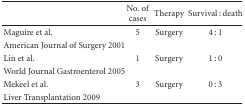
<table><thead><tr><td></td><td><b>No. of cases</b></td><td><b>Therapy</b></td><td><b>Survival : death</b></td></tr></thead><tbody><tr><td>Maguire et al.</td><td>5</td><td>Surgery</td><td>4 : 1</td></tr><tr><td>American Journal of Surgery 2001</td><td></td><td></td><td></td></tr><tr><td>Lin et al.</td><td>1</td><td>Surgery</td><td>1 : 0</td></tr><tr><td>World Journal Gastroenterol 2005</td><td></td><td></td><td></td></tr><tr><td>Mekeel et al.</td><td>3</td><td>Surgery</td><td>0 : 3</td></tr><tr><td>Liver Transplantation 2009</td><td></td><td></td><td></td></tr></tbody></table>